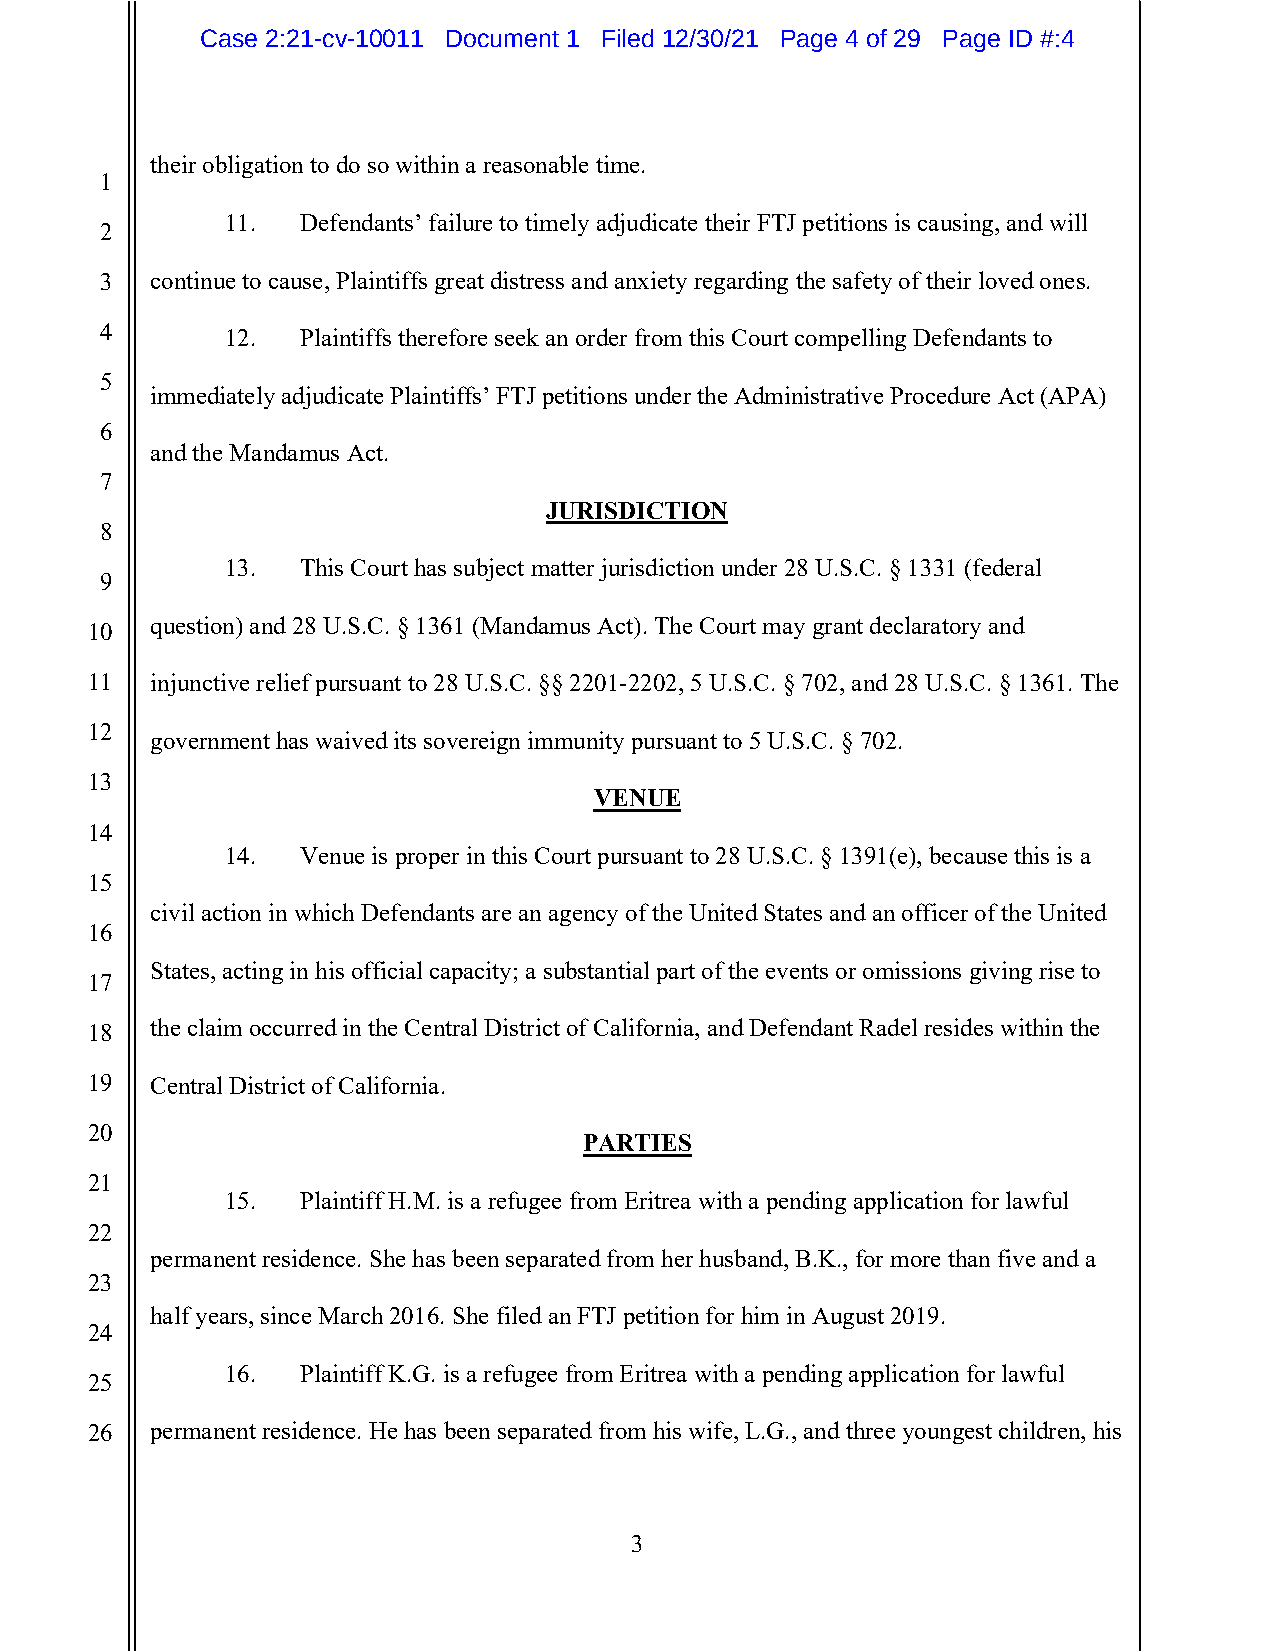
Case 2:21-cv-10011 Document 1 Filed 12/30/21 Page 4 of 29 Page ID #:4
 their obligation to do so within a reasonable time.
 1
 11.  Defendants’ failure to timely adjudicate their FTJ petitions is causing, and will
 2
 3  continue to cause, Plaintiffs great distress and anxiety regarding the safety of their loved ones.
 4       12.  Plaintiffs therefore seek an order from this Court compelling Defendants to
 5
 immediately adjudicate Plaintiffs’ FTJ petitions under the Administrative Procedure Act (APA)
 6
 and the Mandamus Act.
 7
 JURISDICTION
 8
 13.  This Court has subject matter jurisdiction under 28 U.S.C. § 1331 (federal
 9
 question) and 28 U.S.C. § 1361 (Mandamus Act). The Court may grant declaratory and
 10
 11  injunctive relief pursuant to 28 U.S.C. §§ 2201-2202, 5 U.S.C. § 702, and 28 U.S.C. § 1361. The
 12
 government has waived its sovereign immunity pursuant to 5 U.S.C. § 702.
 13
 VENUE
 14
 14.  Venue is proper in this Court pursuant to 28 U.S.C. § 1391(e), because this is a
 15
 civil action in which Defendants are an agency of the United States and an officer of the United
 16
 States, acting in his official capacity; a substantial part of the events or omissions giving rise to
 17
 18  the claim occurred in the Central District of California, and Defendant Radel resides within the
 19  Central District of California.
 20
 PARTIES
 21
 15.  Plaintiff H.M. is a refugee from Eritrea with a pending application for lawful
 22
 permanent residence. She has been separated from her husband, B.K., for more than five and a
 23
 half years, since March 2016. She filed an FTJ petition for him in August 2019.
 24
 16.  Plaintiff K.G. is a refugee from Eritrea with a pending application for lawful
 25
 26  permanent residence. He has been separated from his wife, L.G., and three youngest children, his
 3